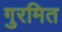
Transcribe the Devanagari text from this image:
गुरमित